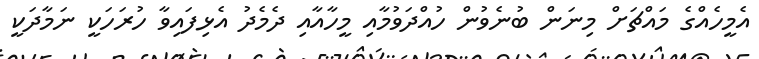
އެމީހެއްގެ މައްޗަށް މިނަން ބުނެވުން ހުއްދަވުމާއި މީހާއާއި ދެމެދު އެޅިފައިވާ ހުރަހަކީ ނަމާދަކީ